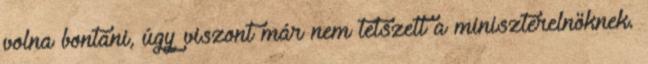
volna bontani, úgy viszont már nem tetszett a miniszterelnöknek.